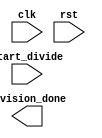
module control_unit (
    // input and output ports of the control unit
    input wire clk,        // clock signal
    input wire rst,        // reset signal
    input wire start_divide,   // signal to initiate divide operation
    output wire division_done  // signal indicating when division is complete
);

// Verilog code for control unit will be added here

endmodule